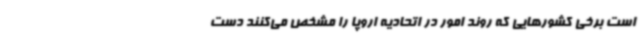
است برخی کشورهایی که روند امور در اتحادیه اروپا را مشخص می‌کنند دست